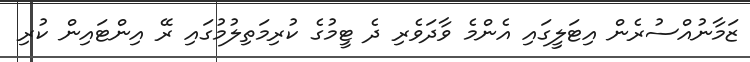
ޒަމާނުއްސުރެން އިޓަލީގައި އެންމެ ވާދަވެރި ދެ ޓީމުގެ ކުރިމަތިލުމުގައި ރޭ އިންޓައިން ކުރި